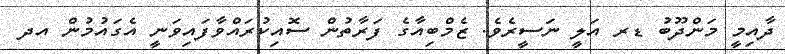
ދާއިމީ މަންދޫބު ޑރ އަލީ ނަސީރެވެ. ޒެމްބިއާގެ ފަރާތުން ސޮއިކުރައްވާފައިވަނީ އެގައުމުން އދ